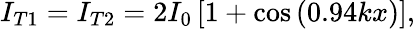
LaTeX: I_{T1}=I_{T2}=2I_{0}\left[1+\cos\left(0.94kx\right)\right],